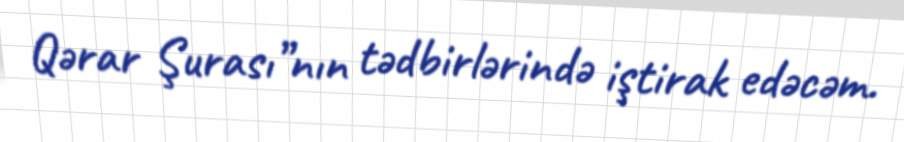
Qərar Şurası”nın tədbirlərində iştirak edəcəm.